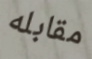
مقابله